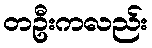
တဦးကလည်း